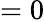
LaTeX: =0